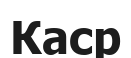
Каср